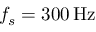
f _ { s } = 3 0 0 \, \mathrm { H z }